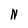
Character: N